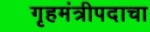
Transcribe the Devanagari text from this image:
गृहमंत्रीपदाचा